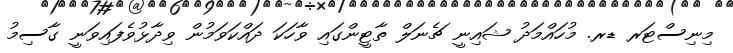
މިނިސްޓަރ ޑރ. މުހައްމަދު ޝައިނީ ޗެނަލް ތާޓީންގައި ވާހަކަ ދައްކަވަމުން ވިދާޅުވެފައިވަނީ ގާސިމު